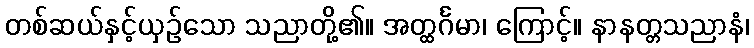
တစ်ဆယ်နှင့်ယှဉ်သော သညာတို့၏။ အတ္ထင်္ဂမာ၊ ကြောင့်။ နာနတ္တသညာနံ၊